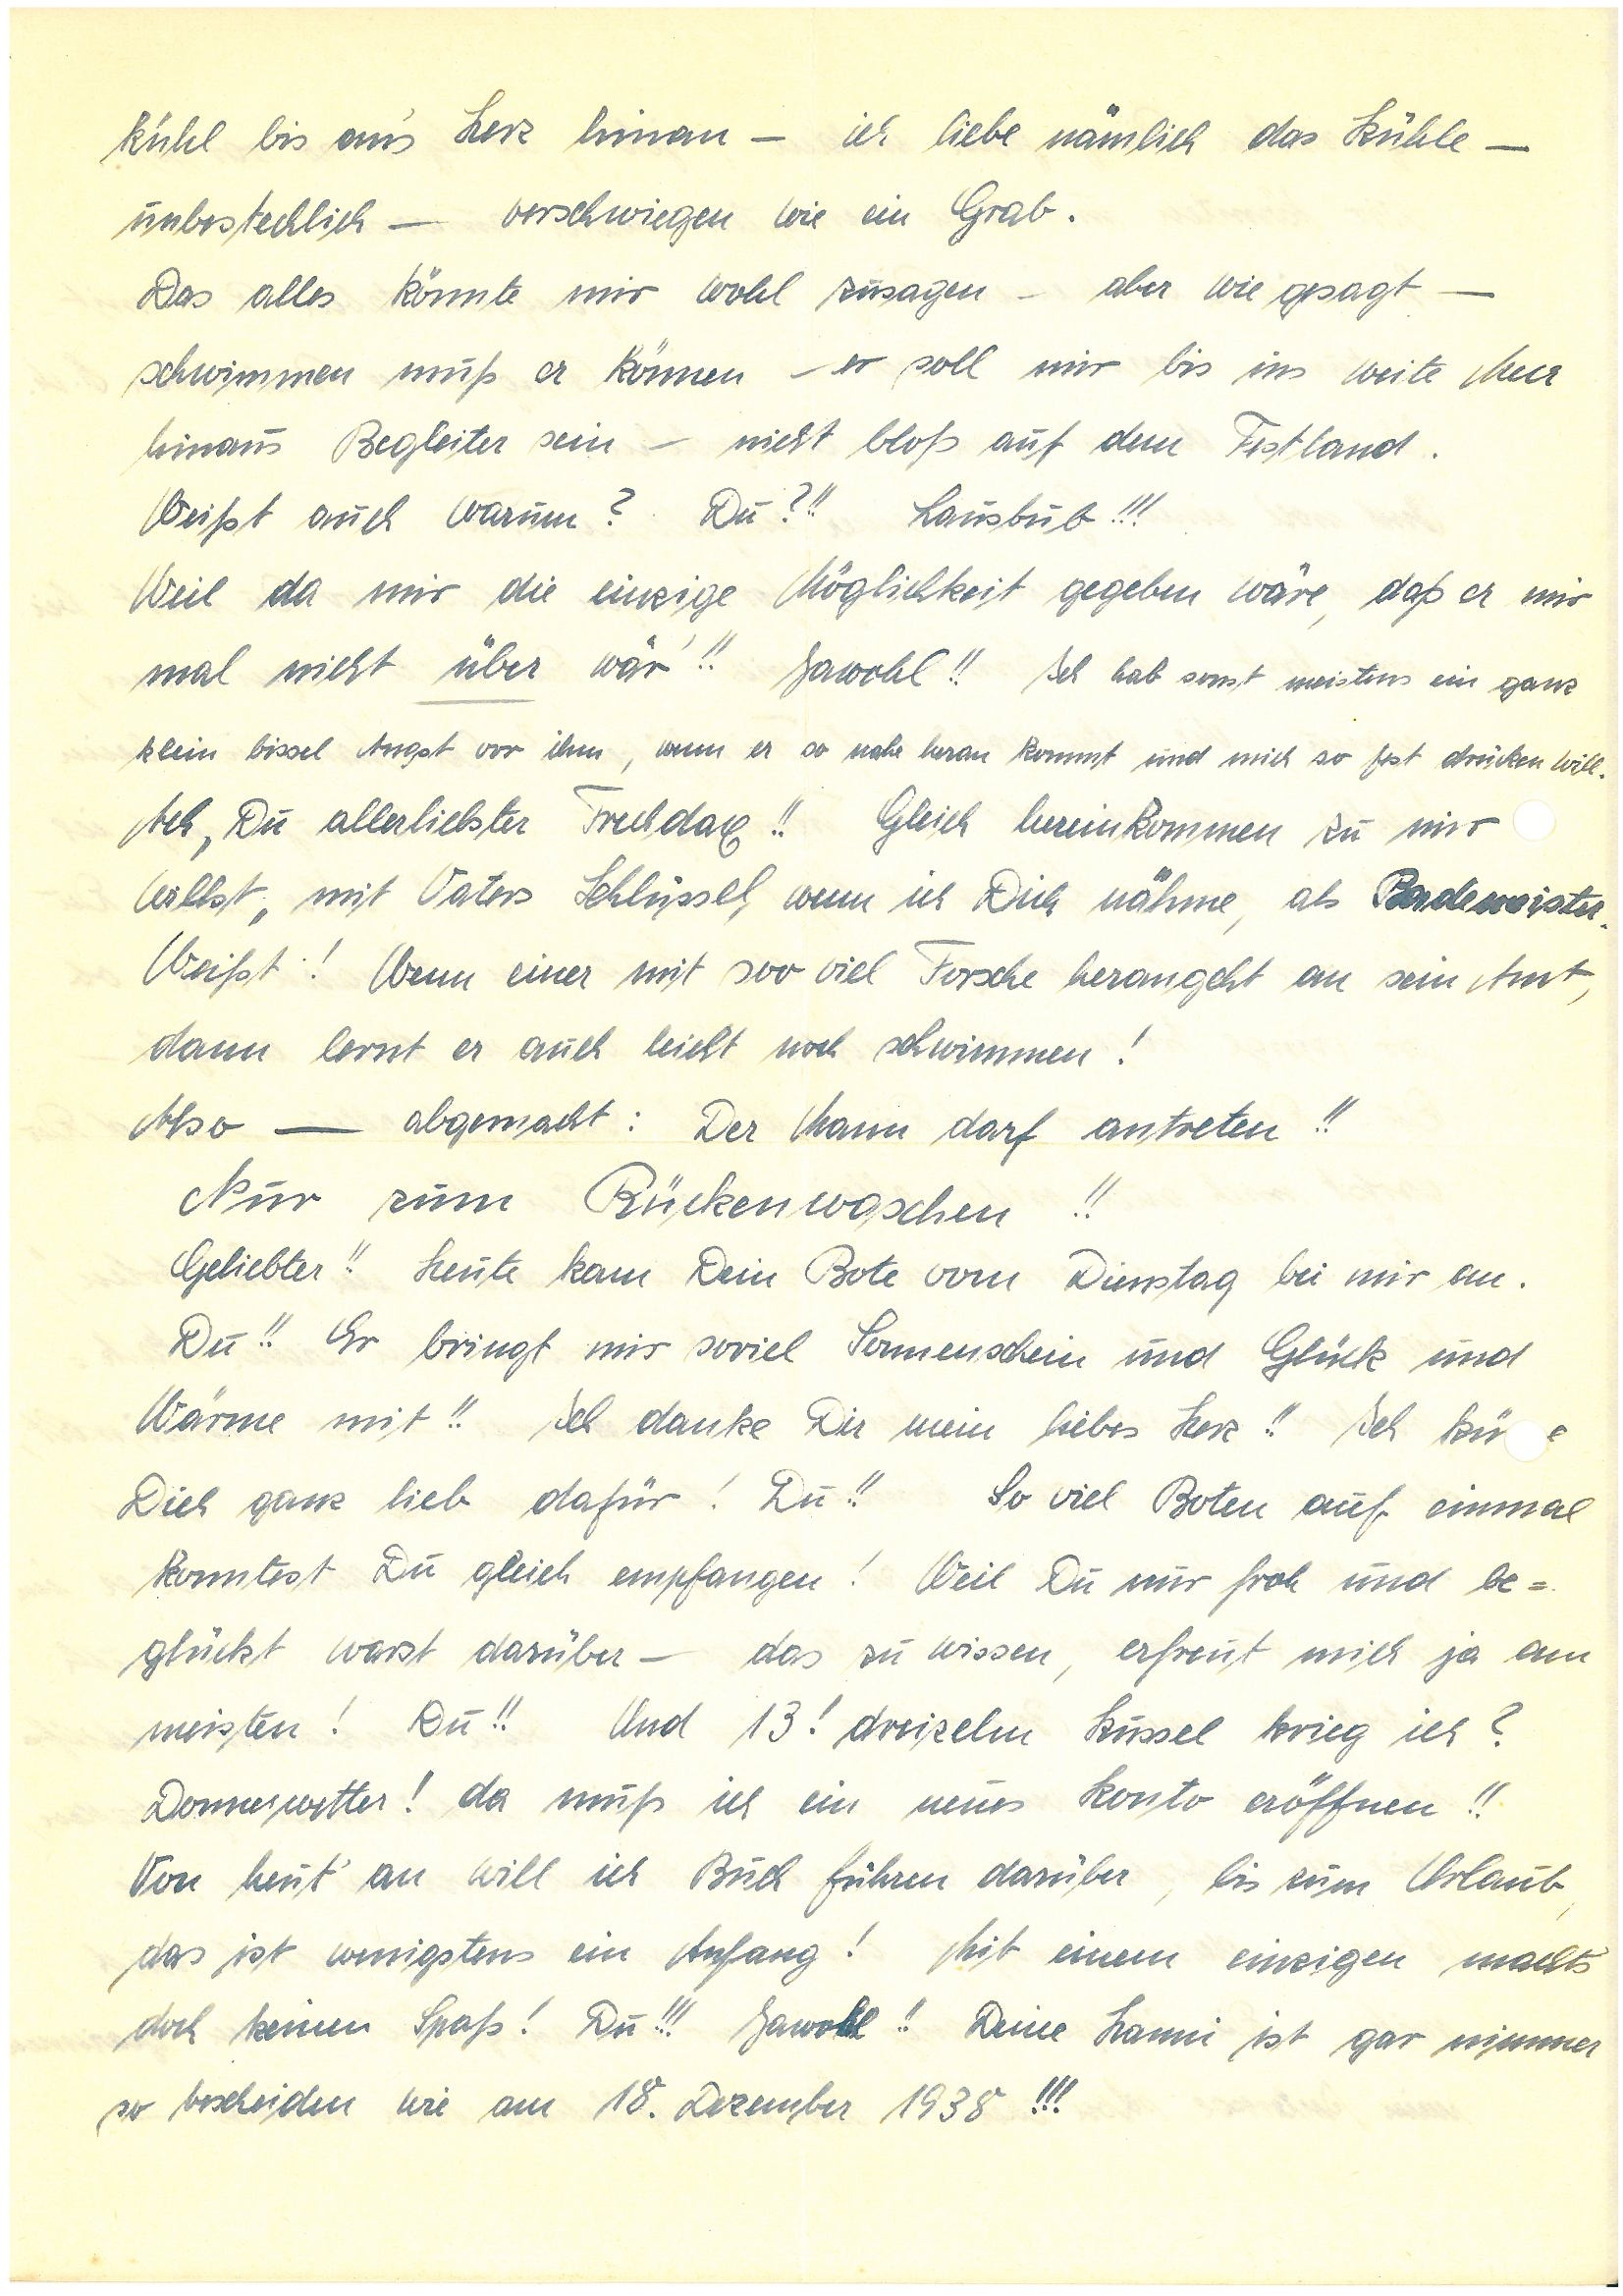
kühl bis an’s Herz hinan – ich liebe nämlich das Kühle –
unbestechlich – verschwiegen wie ein Grab.
Das alles könnte mir wohl zusagen – aber wie gesagt –
schwimmen muß er können – er soll mir bis ins weite Meer
hinaus Begleiter sein – nicht bloß auf dem Festland.
Weißt auch warum? Du?!! Lausbub!!!
Weil mir da die einzige Möglichkeit gegeben wäre, daß er mir
mal nicht über wär’!! Jawohl!! Ich hab sonst meistens ein ganz
klein bissel Angst vor ihm, wenn er so nahe heran kommt und mich so fest drücken will.
Ach, Du allerliebster Frechdax!! Gleich hereinkommen zu mir
willst, mit Vaters Schlüssel, wenn ich Dich nähme, als Bademeister.
Weißt! Wenn einer mit soo viel Forsche herangeht an sein Amt,
dann lernt er leicht noch schwimmen!
Also – abgemacht: Der Mann darf antreten!!
Nur zum Rückenwaschen!!
Geliebter!! Heute kam Dein Bote vom Dienstag bei mir an.
Du!! Er bringt mir soviel Sonnenschein und Glück und
Wärme mit!! Ich danke Dir mein liebes Herz!! Ich küe
Dich ganz lieb dafür! Du!! So viel Boten auf einmal
konntest Du gleich empfangen! Weil Du mir froh und be¬
glückt warst darüber – das zu wissen, erfreut mich ja am
meisten! Du!! Und 13! Dreizehn Kussel krieg ich?
Donnerwetter! da muß ich ein neues Konto eröffnen!!
Von heut’ an will ich Buch führen darüber, bis zum Urlaub,
das ist wenigstens ein Anfang! Mit einem einzigen macht’s
doch keinen Spaß! Du!!! Jahwohl!! Deine ist gar nimmer
so bescheiden wie am 18. Dezember 1938!!